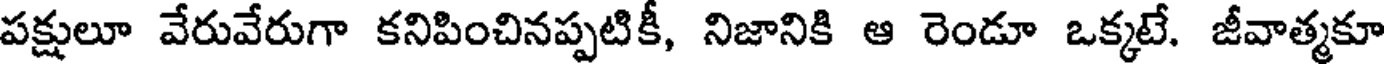
పక్షులూ వేరువేరుగా కనిపించినప్పటికీ, నిజానికి ఆ రెండూ ఒక్కటే. జీవాత్మకూ